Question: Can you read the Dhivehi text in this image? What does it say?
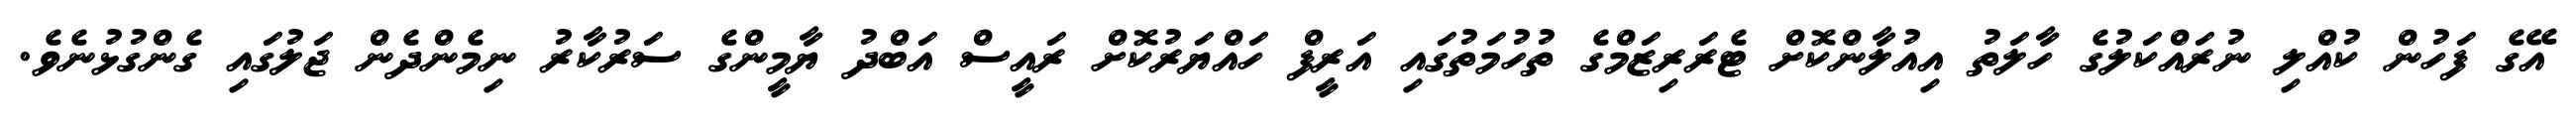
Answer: އޭގެ ފަހުން ކުއްލި ނުރައްކަލުގެ ހާލަތު އިއުލާންކޮށް ޓެރަރިޒަމްގެ ތުހުމަތުގައި އަރީފް ހައްޔަރުކޮށް ރައީސް އަބްދު ޔާމީންގެ ސަރުކާރު ނިމެންދެން ޖަލުގައި ގެންގުޅުނެވެ.